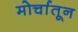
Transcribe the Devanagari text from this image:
मोर्चातून